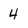
Character: 4